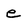
Character: e